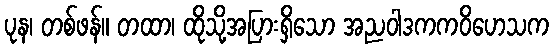
ပုန၊ တစ်ဖန်။ တထာ၊ ထိုသို့အပြားရှိသော အညဝါဒကကဝိဟေသက